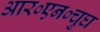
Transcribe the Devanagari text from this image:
आर०एन०चुघ